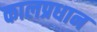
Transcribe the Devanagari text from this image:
कालप्रधान